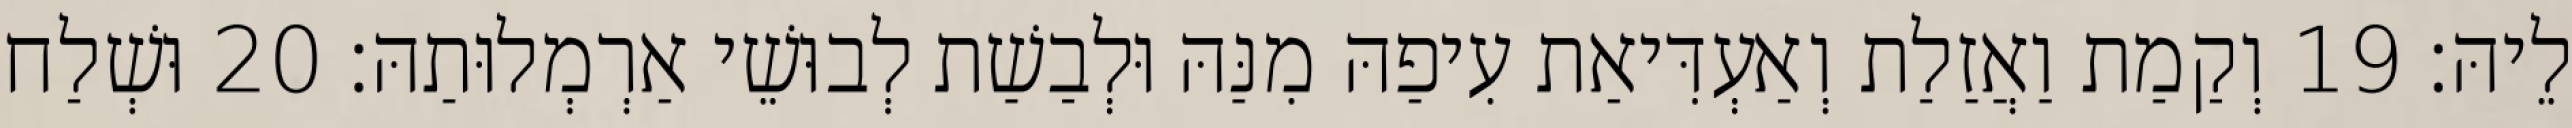
לֵיהּ׃ 19 וְקַמַת וַאֲזַלַת וְאַעְדִּיאַת עִיפַהּ מִנַּהּ וּלְבַשַׁת לְבוּשֵׁי אַרְמְלוּתַהּ׃ 20 וּשְׁלַח